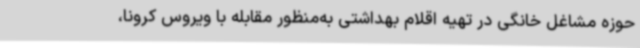
حوزه مشاغل خانگی در تهیه اقلام بهداشتی به‌منظور مقابله با ویروس کرونا،